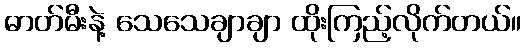
ဓာတ်မီးနဲ့ သေသေချာချာ ထိုးကြည့်လိုက်တယ်။